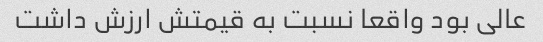
عالی بود واقعا نسبت به قیمتش ارزش داشت